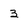
Character: 3